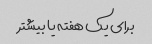
برای یک هفته یا بیشتر